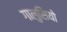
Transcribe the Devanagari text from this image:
गालुसियो